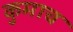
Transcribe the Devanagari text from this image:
कुमाच